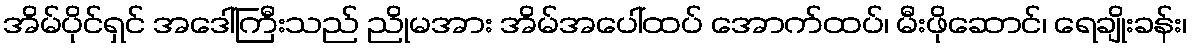
အိမ်ပိုင်ရှင် အဒေါ်ကြီးသည် ညိုမအား အိမ်အပေါ်ထပ် အောက်ထပ်၊ မီးဖိုဆောင်၊ ရေချိုးခန်း၊